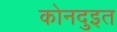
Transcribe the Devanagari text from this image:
कोनदुइत